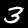
Label: 3